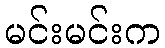
မင်းမင်းက